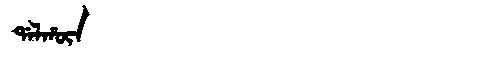
Manchu: ᡩᠠᠯᡥᡡᠨ
Romanization: DALHŪN